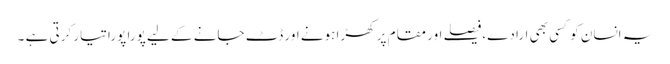
یہ انسان کو کسی بھی ارادے،فیصلے اور مقام پر کھڑا ہونے اور ڈٹ جانے کے لیے پورا پورا تیار کرتی ہے ۔